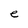
Character: e